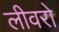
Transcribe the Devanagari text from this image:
लीवरो